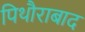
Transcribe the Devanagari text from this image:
पिथौराबाद